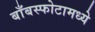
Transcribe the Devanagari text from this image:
बाँबस्फोटामध्ये